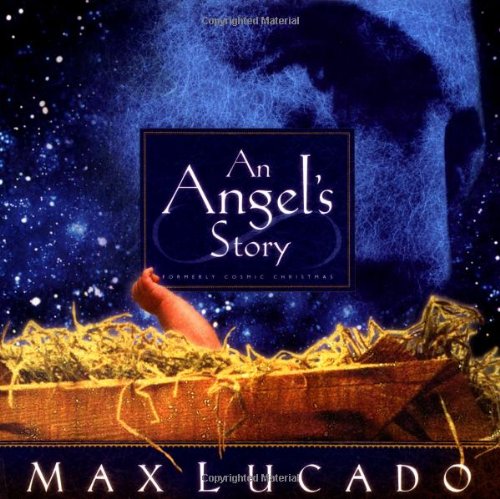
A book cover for An Angel's Story; Max Lucado; Christian Books & Bibles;